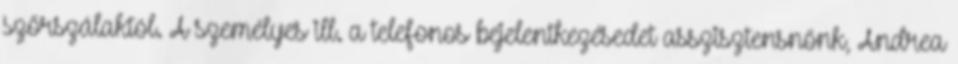
szőrszálaktól. A személyes ill. a telefonos bejelentkezésedet asszisztensnőnk, Andrea